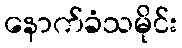
နောက်ခံသမိုင်း